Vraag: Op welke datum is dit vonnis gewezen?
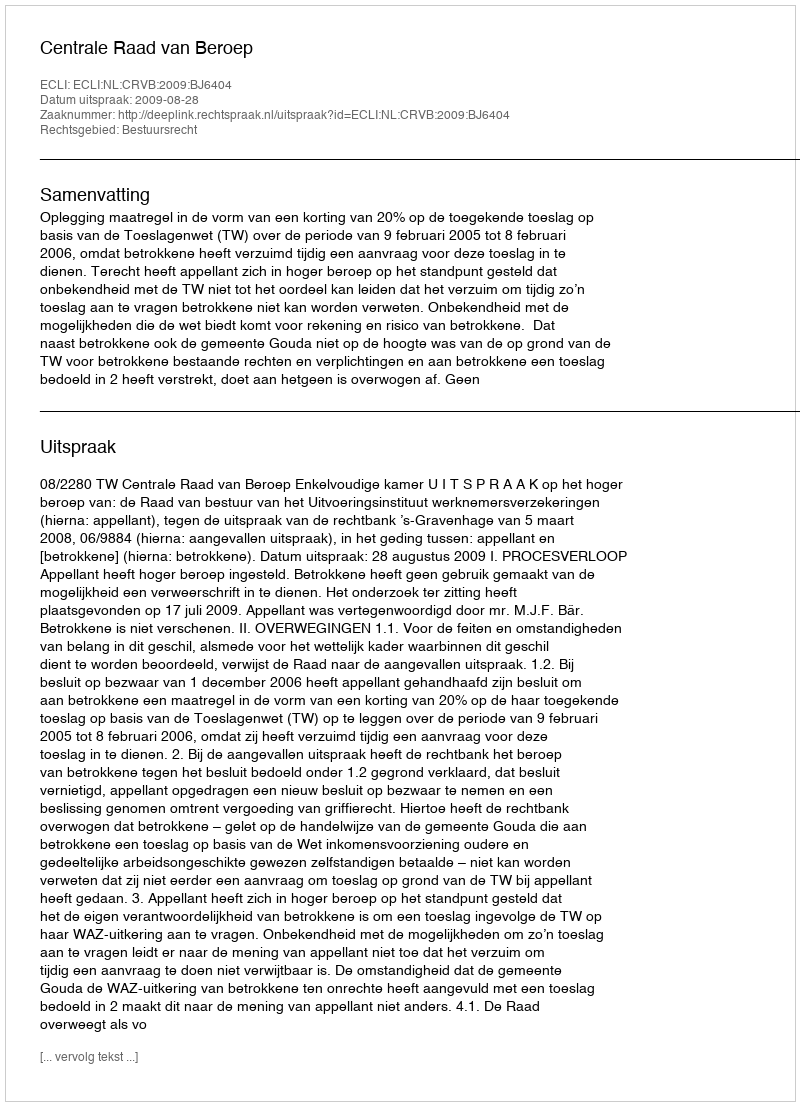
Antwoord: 2009-08-28